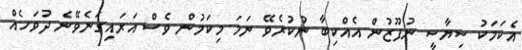
އެކަމަކު ސިޔާސީ ނުފޫޒުން އެއްކިބާ ނުކުރެވޭ ނަމަ މިކަމުން ވެސް އަރައިގަނެވޭނެ ދުވަހެއް